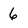
Character: 6